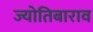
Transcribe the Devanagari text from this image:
ज्योतिबाराव